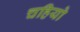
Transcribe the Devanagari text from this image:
चहियो